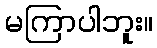
မကြာပါဘူး။